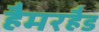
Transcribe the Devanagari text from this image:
हैमरहैड